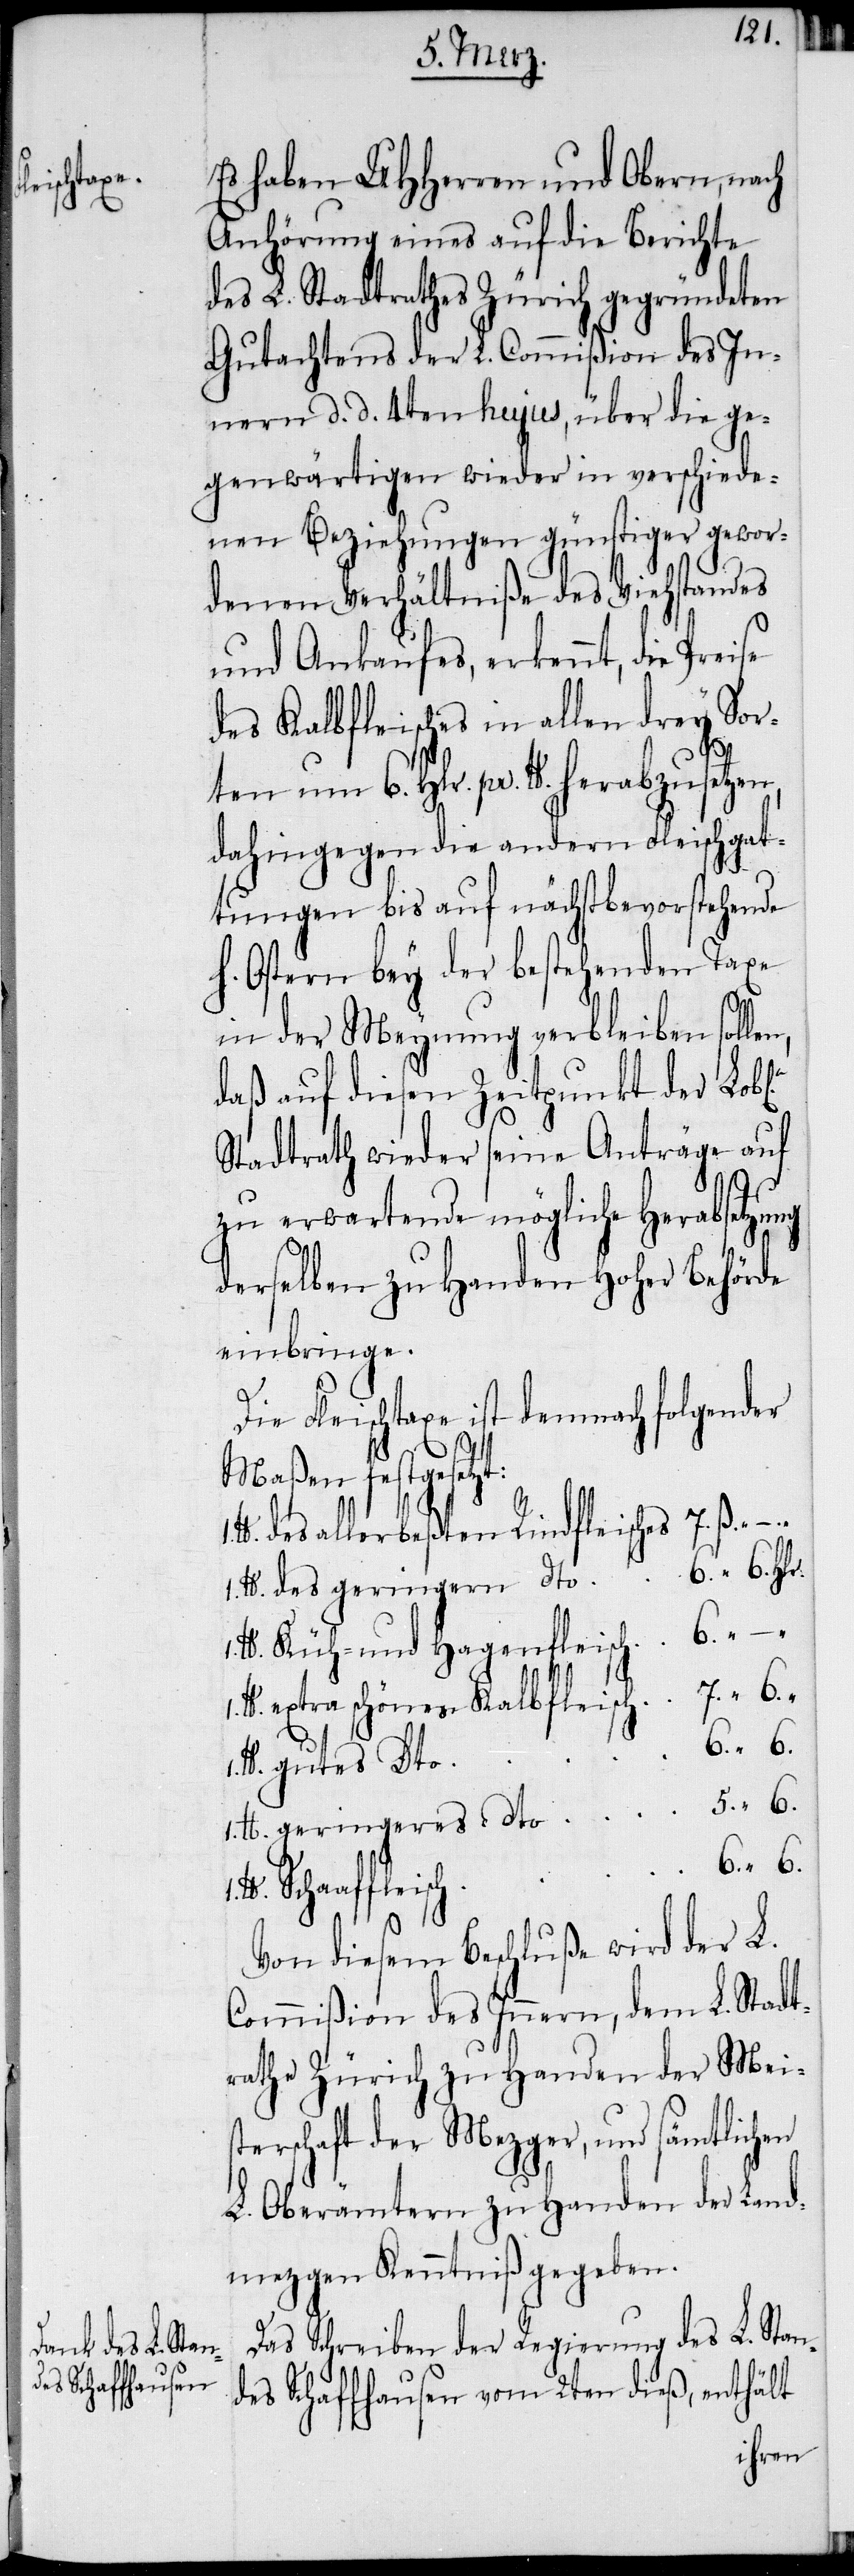
schöne¬

Es haben UHHerren und Obern, nach
Anhörung eines auf die Berichte
des L. Stadtrathes Zürich gegründeten
Gutachtens der L. Commißion des In¬
nern d. d. 4ten hujus, über die ge¬
genwärtigen wieder in verschiede¬
nen Beziehungen günstiger gewor¬
denen Verhältniße des Viehstandes
und Ankaufes, erkennt, die Preise
des Kalbfleisches in allen drey Sor¬
ten um 6. Hlr. pr. lb. herabzusetzen,
dahingegen die andern Fleischgat¬
tungen bis auf nächstbevorstehende
h. Ostern bey der bestehenden Taxe
6.
in der Meynung verbleiben sollen,
daß auf diesen Zeitpunkt der Lob¬
Stadtrath wieder seine Anträge auf
zu erwartende mögliche Herabsetzung
derselben zu Handen Hoher Behörde
einbringe.
Die Fleischtaxe ist demnach folgender
Maßen festgesetzt:
des allerbeßten Rindfleisches
des geringern dto
„
geringeres dto
Schaaffleisch
Von diesem Beschluße wird der L.
Commißion des Innern, dem L. Stadt¬
rathe Zürich zu Handen der Meis¬
terschaft der Mezger, und sämtlichen
L. Oberämtern zu Handen der Land¬
mezgen Kenntniß gegeben.
Das Schreiben der Regierung des L. Stan¬
des Schaffhausen vom 2ten dieß, enthält